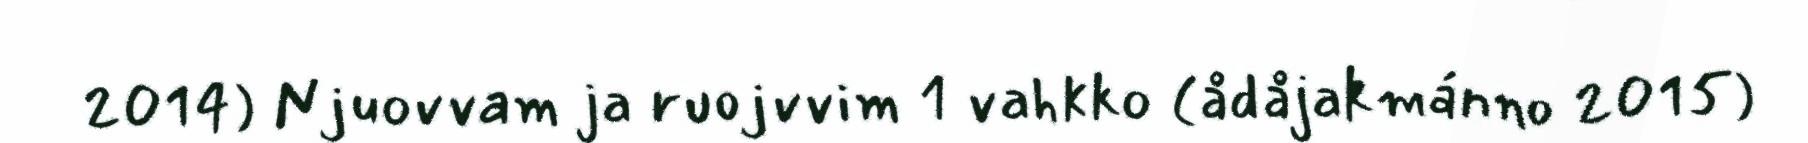
2014) Njuovvam ja ruojvvim 1 vahkko (ådåjakmánno 2015)